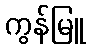
ကွန်မြူ